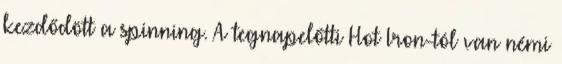
kezdődött a spinning. A tegnapelőtti Hot Iron-tól van némi